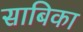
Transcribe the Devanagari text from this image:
साबिका